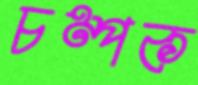
চম্পক